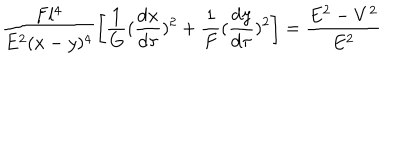
\frac { F l ^ { 4 } } { E ^ { 2 } ( x - y ) ^ { 4 } } \left[ \frac { 1 } { G } ( \frac { \mathrm { d } x } { \mathrm { d } \tau } ) ^ { 2 } + \frac { 1 } { F } ( \frac { \mathrm { d } y } { \mathrm { d } \tau } ) ^ { 2 } \right] = \frac { E ^ { 2 } - V ^ { 2 } } { E ^ { 2 } }